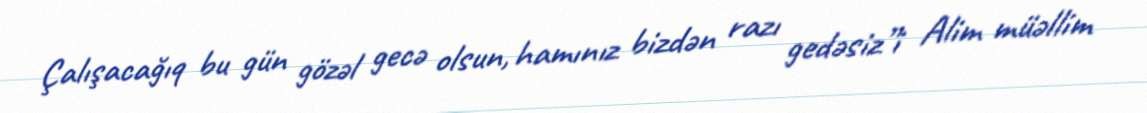
Çalışacağıq bu gün gözəl gecə olsun, hamınız bizdən razı gedəsiz”i Alim müəllim